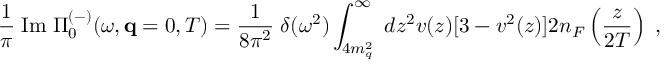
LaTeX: \frac { 1 } { \pi } \; \mathrm { I m } \; \Pi _ { 0 } ^ { ( - ) } ( \omega , { \bf q } = 0 , T ) = \frac { 1 } { 8 \pi ^ { 2 } } \; \delta ( \omega ^ { 2 } ) \int _ { 4 m _ { q } ^ { 2 } } ^ { \infty } \; d z ^ { 2 } v ( z ) [ 3 - v ^ { 2 } ( z ) ] 2 n _ { F } \left( \frac { z } { 2 T } \right) \; ,